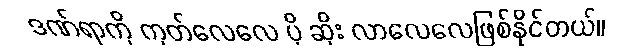
ဒဏ်ရာကို ကုတ်လေလေ ပို ဆိုး လာလေလေဖြစ်နိုင်တယ်။